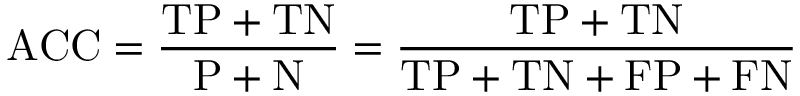
\mathrm { A C C } = { \frac { \mathrm { T P } + \mathrm { T N } } { \mathrm { P } + \mathrm { N } } } = { \frac { \mathrm { T P } + \mathrm { T N } } { \mathrm { T P } + \mathrm { T N } + \mathrm { F P } + \mathrm { F N } } }